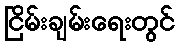
ငြိမ်းချမ်းရေးတွင်